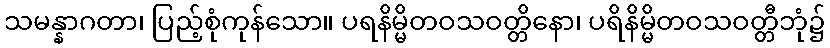
သမန္နာဂတာ၊ ပြည့်စုံကုန်သော။ ပရနိမ္မိတဝသဝတ္တိနော၊ ပရိနိမ္မိတဝသဝတ္တီဘုံ၌